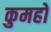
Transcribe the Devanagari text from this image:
कुमहो